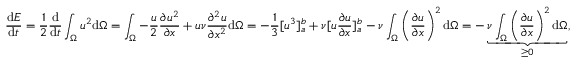
\frac { \mathrm { d } E } { \mathrm { d } t } = \frac { 1 } { 2 } \frac { \mathrm { d } } { \mathrm { d } t } \int _ { \Omega } u ^ { 2 } \mathrm { d } \Omega = \int _ { \Omega } - \frac { u } { 2 } \frac { \partial u ^ { 2 } } { \partial x } + u \nu \frac { \partial ^ { 2 } u } { \partial x ^ { 2 } } \mathrm { d } \Omega = - \frac { 1 } { 3 } [ u ^ { 3 } ] _ { a } ^ { b } + \nu [ u \frac { \partial u } { \partial x } ] _ { a } ^ { b } - \nu \int _ { \Omega } \left( \frac { \partial u } { \partial x } \right) ^ { 2 } \mathrm { d } \Omega = - \underbrace { \nu \int _ { \Omega } \left( \frac { \partial u } { \partial x } \right) ^ { 2 } \mathrm { d } \Omega } _ { \geq 0 } ,